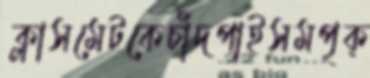
ক্লাসমেটকেচাঁদপাইসমপৃক্